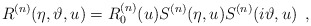
\begin{align*}R^{(n)}(\eta ,\vartheta ,u)=R_{0}^{(n)}(u)S^{(n)}(\eta ,u)S^{(n)}(i\vartheta ,u)\, \, \, ,\end{align*}